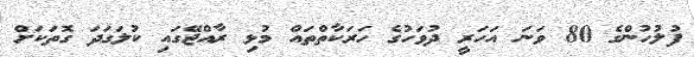
ފުލުހުންގެ 80 ވަނަ އަހަރީ ދުވަހުގެ ހަރަކާތްތައް މުޅި ރާއްޖޭގައި ކުލަގަދަ ގޮތަކަށް